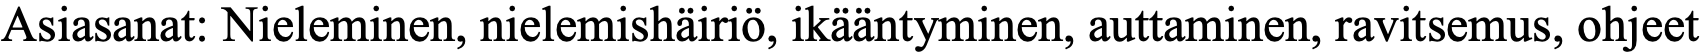
Asiasanat: Nieleminen, nielemishäiriö, ikääntyminen, auttaminen, ravitsemus, ohjeet